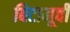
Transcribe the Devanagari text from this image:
बिटामूवी